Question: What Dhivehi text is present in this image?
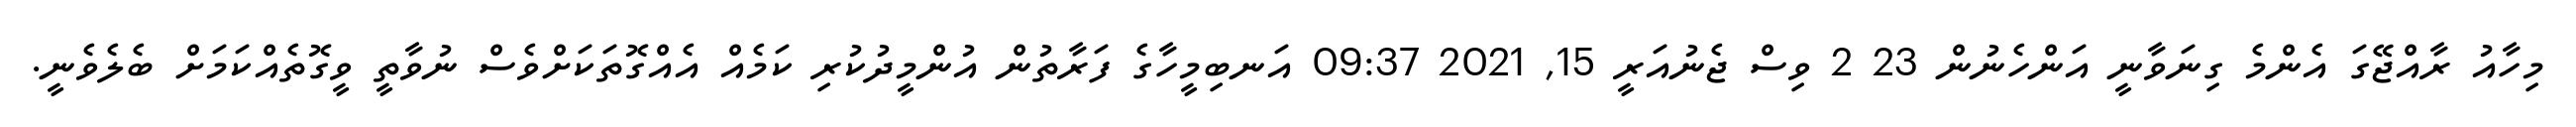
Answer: މިހާއު ރާއްޖޭގަ އެންމެ ގިނަވާނީ އަންހެނުން 23 2 ވިސް ޖެނުއަރީ 15, 2021 09:37 އަނބިމީހާގެ ފަރާތުން އުންމީދުކުރި ކަމެއް އެއްގޮތަކަށްވެސް ނުވާތީ ވީގޮތެއްކަމަށް ބެލެވެނީ.